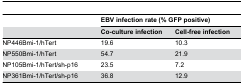
<table><thead><tr><td></td><td colspan="2"><b>EBV infection rate (% GFP positive)</b></td></tr><tr><td></td><td><b>Co-culture infection</b></td><td><b>Cell-free infection</b></td></tr></thead><tbody><tr><td>NP446Bmi-1/hTert</td><td>19.6</td><td>10.3</td></tr><tr><td>NP550Bmi-1/hTert</td><td>54.7</td><td>21.9</td></tr><tr><td>NP105Bmi-1/hTert/sh-p16</td><td>23.5</td><td>7.2</td></tr><tr><td>NP361Bmi-1/hTert/sh-p16</td><td>36.8</td><td>12.9</td></tr></tbody></table>